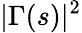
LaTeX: |\Gamma(s)|^{2}